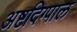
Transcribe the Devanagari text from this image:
अष्टदिग्पाल